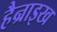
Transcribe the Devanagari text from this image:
हैन्राइख